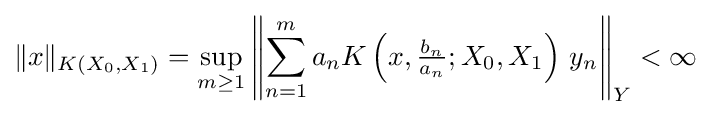
\|x\|_{K(X_{0},X_{1})}=\sup _{m\geq 1}\left\|\sum _{n=1}^{m}a_{n}K\left(x,{\tfrac {b_{n}}{a_{n}}};X_{0},X_{1}\right)\,y_{n}\right\|_{Y}<\infty